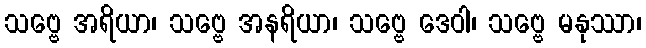
သဗ္ဗေ အရိယာ၊ သဗ္ဗေ အနရိယာ၊ သဗ္ဗေ ဒေဝါ၊ သဗ္ဗေ မနုဿာ၊